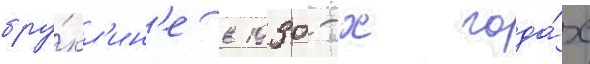
бру́кл'ин'е в 1930-х года́х